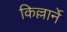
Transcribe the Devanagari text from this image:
किल्लार्ने